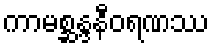
ကာမစ္ဆန္ဒနီဝရဏဿ